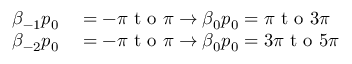
\begin{array} { r l } { \beta _ { - 1 } p _ { 0 } } & { { } = - \pi \mathrm { ~ t ~ o ~ } \pi \rightarrow \beta _ { 0 } p _ { 0 } = \pi \mathrm { ~ t ~ o ~ } 3 \pi } \\ { \beta _ { - 2 } p _ { 0 } } & { { } = - \pi \mathrm { ~ t ~ o ~ } \pi \rightarrow \beta _ { 0 } p _ { 0 } = 3 \pi \mathrm { ~ t ~ o ~ } 5 \pi } \end{array}